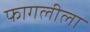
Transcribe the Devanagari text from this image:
फागलीला